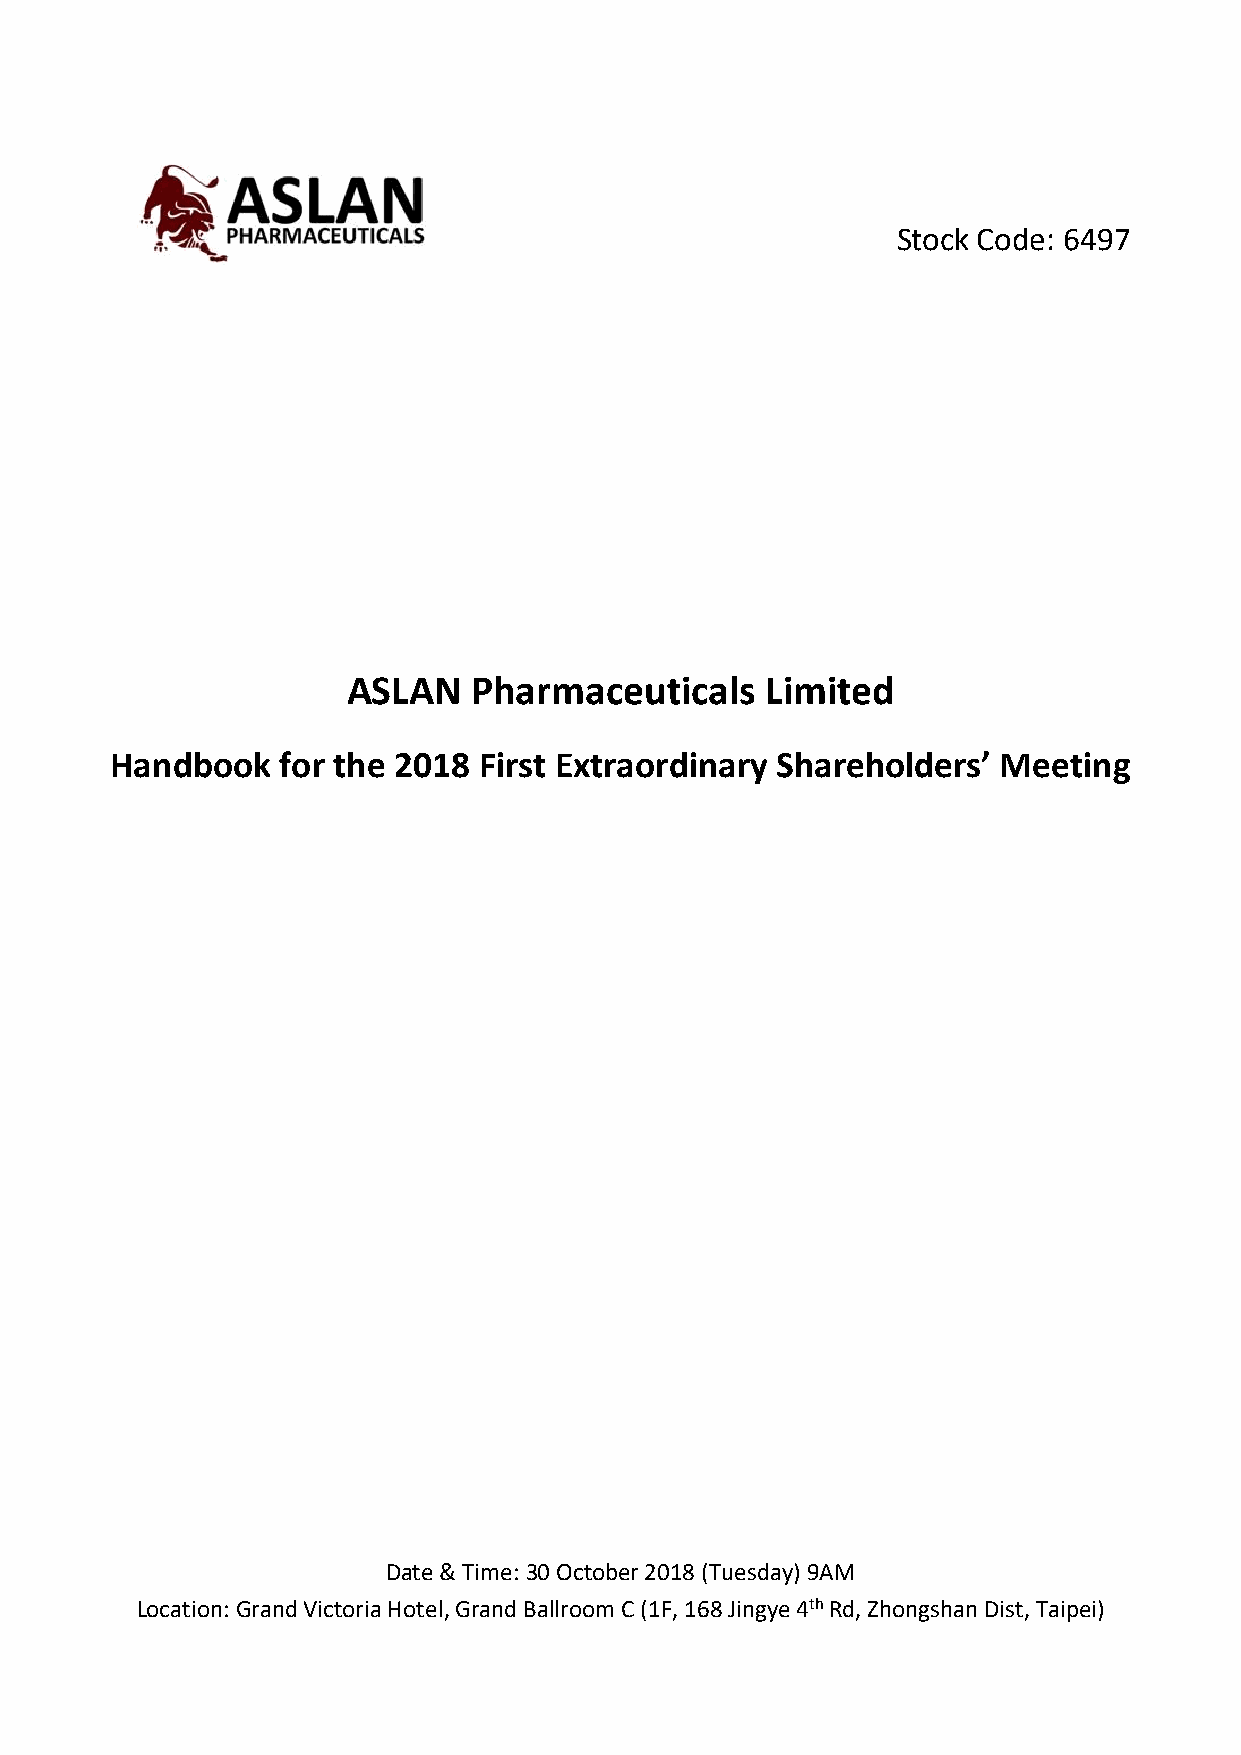
Stock Code: 6497
 ASLAN   Pharmaceuticals     Limited
 Handbook   for the 2018  First Extraordinary Shareholders’ Meeting
 Date & Time: 30 October 2018 (Tuesday) 9AM
 Location: Grand Victoria Hotel, Grand Ballroom C (1F, 168 Jingye 4th Rd, Zhongshan Dist, Taipei)